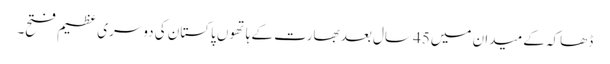
ڈھاکہ کے میدان میں45 سال بعد بھارت کے ہاتھوں پاکستان کی دوسری عظیم فتح۔